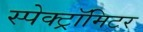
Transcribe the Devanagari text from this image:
स्पेक्ट्रॉमिटर